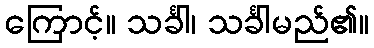
ကြောင့်။ သင်္ခါ၊ သင်္ခါမည်၏။